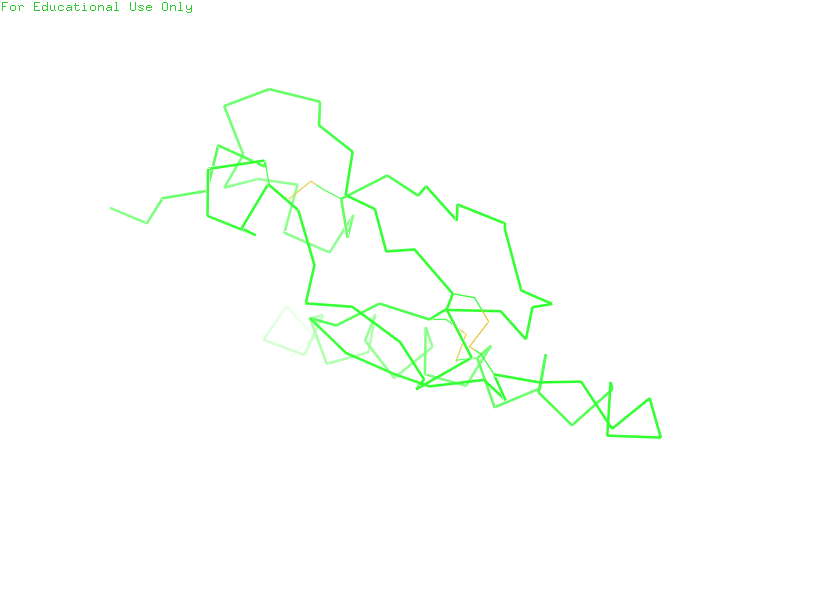
pymol, preset, simple_no_solv